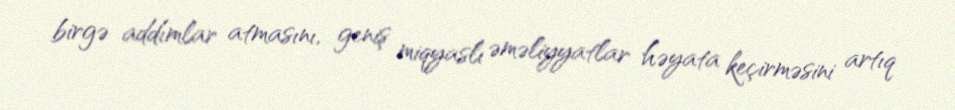
birgə addımlar atmasını, geniş miqyaslı əməliyyatlar həyata keçirməsini artıq